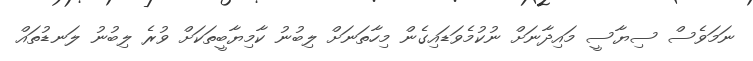
ނަމަވެސް ސިޔާސީ މައިދާނަށް ނުކުމެވަޑައިގެން މިހާތަނަށް ލިބުނު ކާމިޔާބީތަކަށް ވުރެ ލިބުނު ލަނޑުތައް